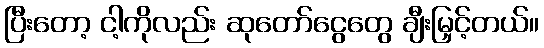
ပြီးတော့ ငါ့ကိုလည်း ဆုတော်ငွေတွေ ချီးမြှင့်တယ်။